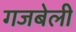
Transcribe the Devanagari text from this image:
गजबेली